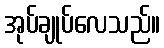
အုပ်ချုပ်လေသည်။